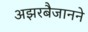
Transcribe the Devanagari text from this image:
अझरबैजानने